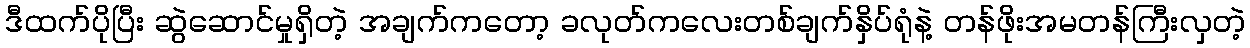
ဒီထက်ပိုပြီး ဆွဲဆောင်မှုရှိတဲ့ အချက်ကတော့ ခလုတ်ကလေးတစ်ချက်နှိပ်ရုံနဲ့ တန်ဖိုးအမတန်ကြီးလှတဲ့